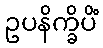
ဥပနိက္ခိပိံ